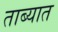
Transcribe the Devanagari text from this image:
ताब्‍यात